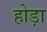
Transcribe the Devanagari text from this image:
होड़ा